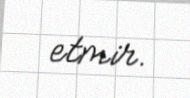
etmir.